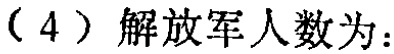
（4）解放军人数为：